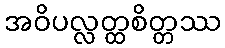
အဝိပလ္လတ္ထစိတ္တဿ